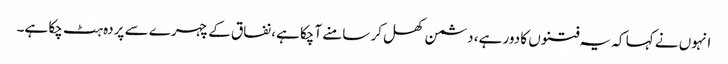
انہوں نے کہا کہ یہ فتنوں کا دور ہے، دشمن کھل کر سامنے آچکا ہے، نفاق کے چہرے سے پردہ ہٹ چکا ہے۔